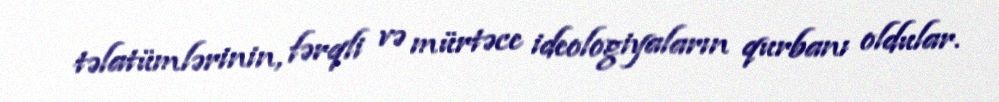
təlatümlərinin, fərqli və mürtəce ideologiyaların qurbanı oldular.